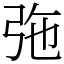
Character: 㢮